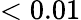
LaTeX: <0.01